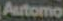
Automo